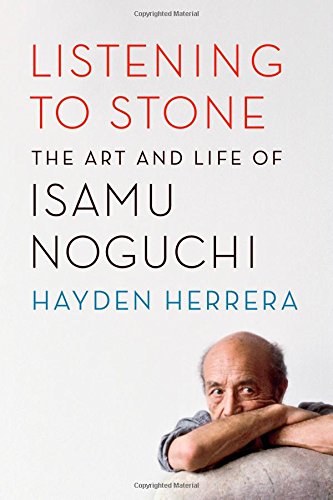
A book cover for Listening to Stone: The Art and Life of Isamu Noguchi; Hayden Herrera; Arts & Photography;